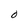
Character: 0